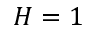
H = 1